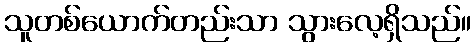
သူတစ်ယောက်တည်းသာ သွားလေ့ရှိသည်။